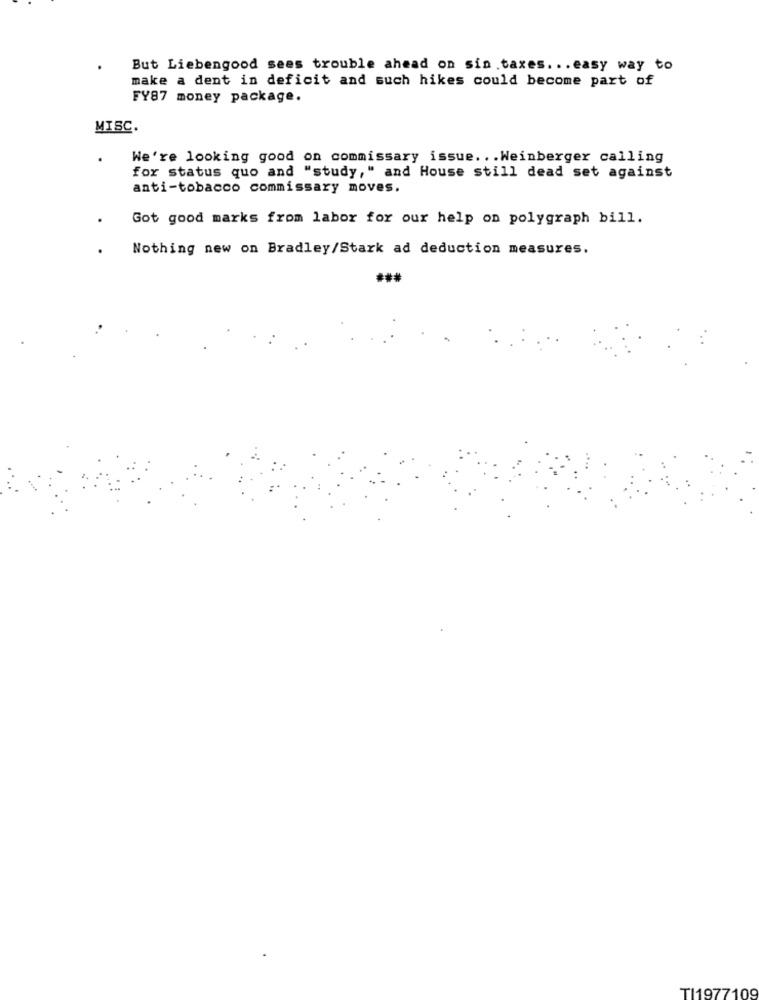
But Liebengood sees trouble ahead on sin.taxes ... easy way to
make a dent in deficit and such hikes could become part of
FY87 money package.
MISC.
We're looking good on commissary issue ... Weinberger calling
for status quo and "study," and House still dead set against
anti-tobacco commissary moves.
Got good marks from labor for our help on polygraph bill.
Nothing new on Bradley/Stark ad deduction measures.
TI1977109